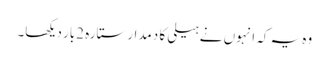
وہ یہ کہ انہوں نے ہیلی کا دمدار ستارہ 2بار دیکھا۔